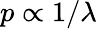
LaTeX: p\propto 1/\lambda